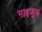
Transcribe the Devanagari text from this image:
माइजुरू